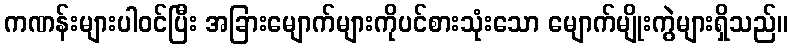
ကဏန်းများပါဝင်ပြီး အခြားမျောက်များကိုပင်စားသုံးသော မျောက်မျိုးကွဲများရှိသည်။